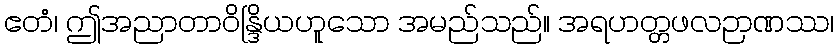
ဧတံ၊ ဤအညာတာဝိန္ဒြိယဟူသော အမည်သည်။ အရဟတ္တဖလဉာဏဿ၊